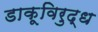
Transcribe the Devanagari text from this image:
डाकूविरुद्ध